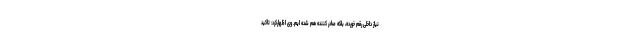
نیاز داخلی رقم خورده، بلکه صادر کننده هم شده ایم. وی اظهارکرد: تاکید